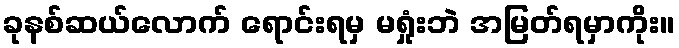
ခုနစ်ဆယ်လောက် ရောင်းရမှ မရှုံးဘဲ အမြတ်ရမှာကိုး။